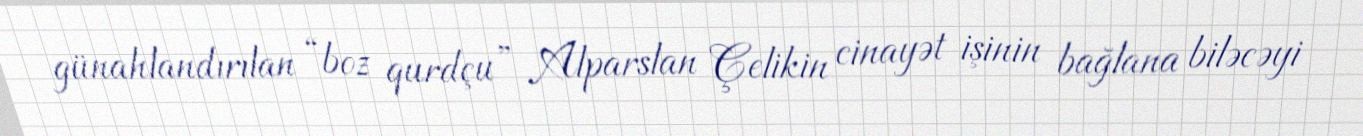
günahlandırılan “boz qurdçu” Alparslan Çelikin cinayət işinin bağlana biləcəyi